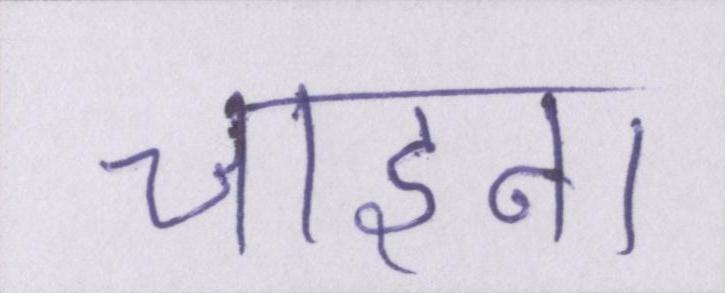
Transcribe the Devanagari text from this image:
चाइना